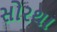
સોરથા